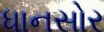
ધાનસોર